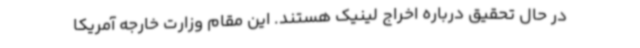
در حال تحقیق درباره اخراج لینیک هستند. این مقام وزارت خارجه آمریکا